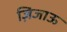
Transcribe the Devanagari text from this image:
ज़िजाऊ